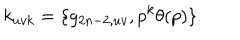
k _ { u v k } = \{ g _ { 2 n - 2 , u v } , p ^ { k } \theta ( p ) \} .